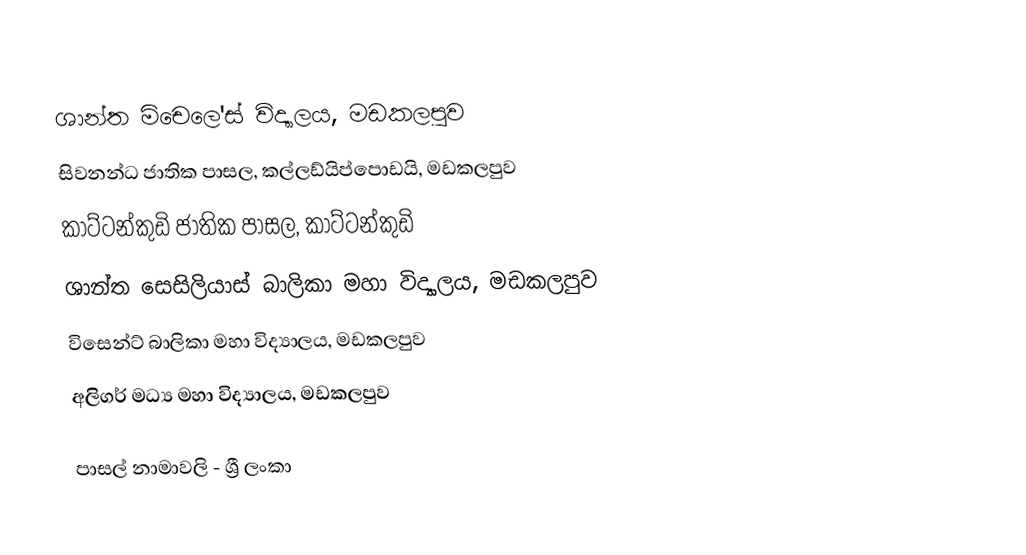
ශාන්ත මිචෙලෙ'ස් විද්‍යාලය, මඩකලපුව
 සිවනන්ධ ජාතික පාසල, කල්ලඩ්යිප්පොඩයි, මඩකලපුව
 කාට්ටන්කුඩි ජාතික පාසල, කාට්ටන්කුඩි
 ශාන්ත සෙසිලියාස් බාලිකා මහා විද්‍යාලය, මඩකලපුව
 විසෙන්ට් බාලිකා මහා විද්‍යාලය, මඩකලපුව
 අලිගර් මධ්‍ය මහා විද්‍යාලය, මඩකලපුව

පාසල් නාමාවලි - ශ්‍රී ලංකා